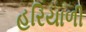
હરિયાળી